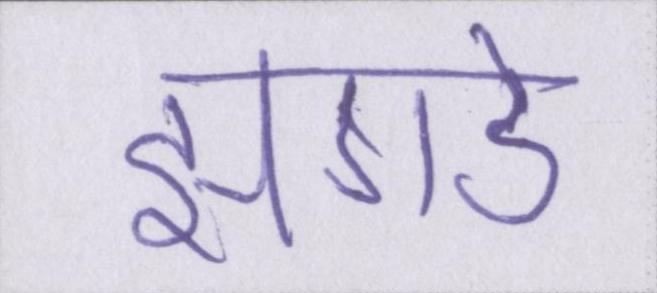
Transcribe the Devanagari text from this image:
झगडे